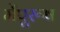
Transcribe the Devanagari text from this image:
मेंपुरूष